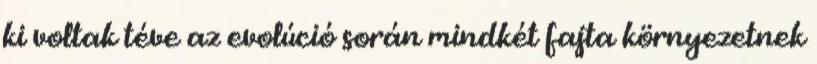
ki voltak téve az evolúció során mindkét fajta környezetnek